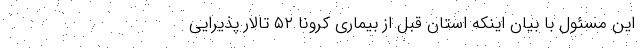
این مسئول با بیان اینکه استان قبل از بیماری کرونا ۵۲ تالار پذیرایی